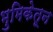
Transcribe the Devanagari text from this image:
भुमिकेतून